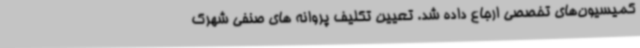
کمیسیون‌های تخصصی ارجاع داده شد. تعیین تکلیف پروانه های صنفی شهرک